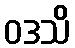
ဝဒသိ